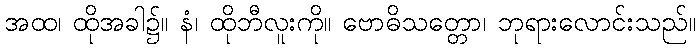
အထ၊ ထိုအခါ၌။ နံ၊ ထိုဘီလူးကို။ ဗောဓိသတ္တော၊ ဘုရားလောင်းသည်။